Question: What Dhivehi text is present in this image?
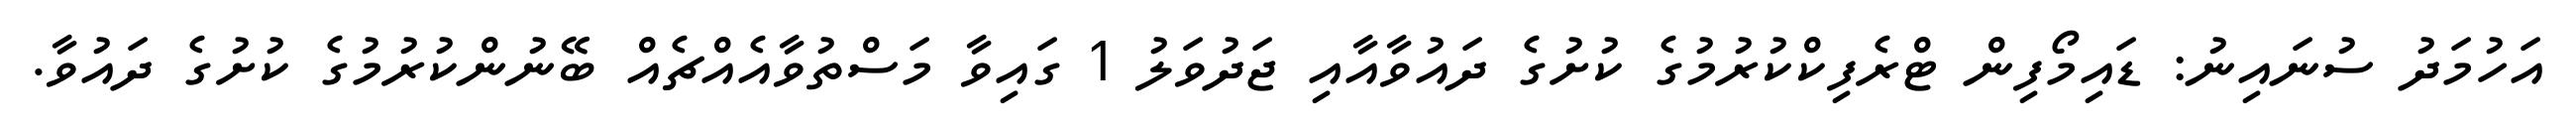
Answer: އަހުމަދު ސުނައިނު: ޑައިމޯފިން ޓްރެފިކްކުރުމުގެ ކުށުގެ ދައުވާއާއި ޖަދުވަލު 1 ގައިވާ މަސްތުވާއެއްޗެއް ބޭނުންކުރުމުގެ ކުށުގެ ދައުވާ.